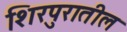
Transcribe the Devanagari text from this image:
शिरपुरातील